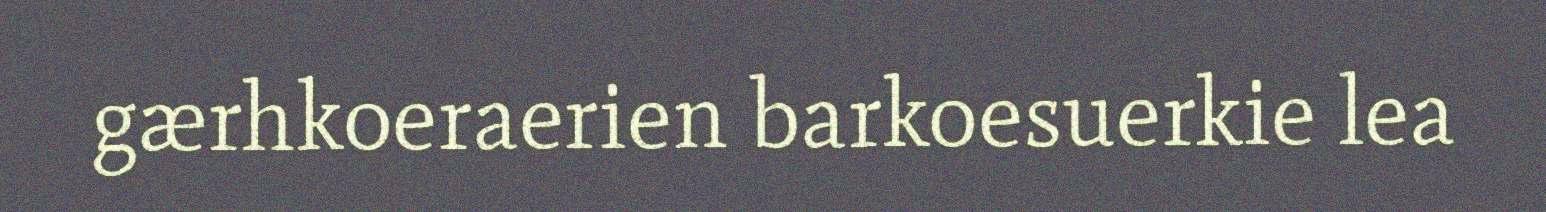
gærhkoeraerien barkoesuerkie lea